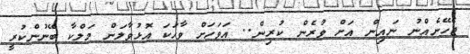
ޖެހޭނެއްނު ނައިން އަށް ވުރެން ކުރިން.. އަވަހަށް ވާހަކަ އޮޅުވާލަން މަލްކާ ބޭނުންކުރީ